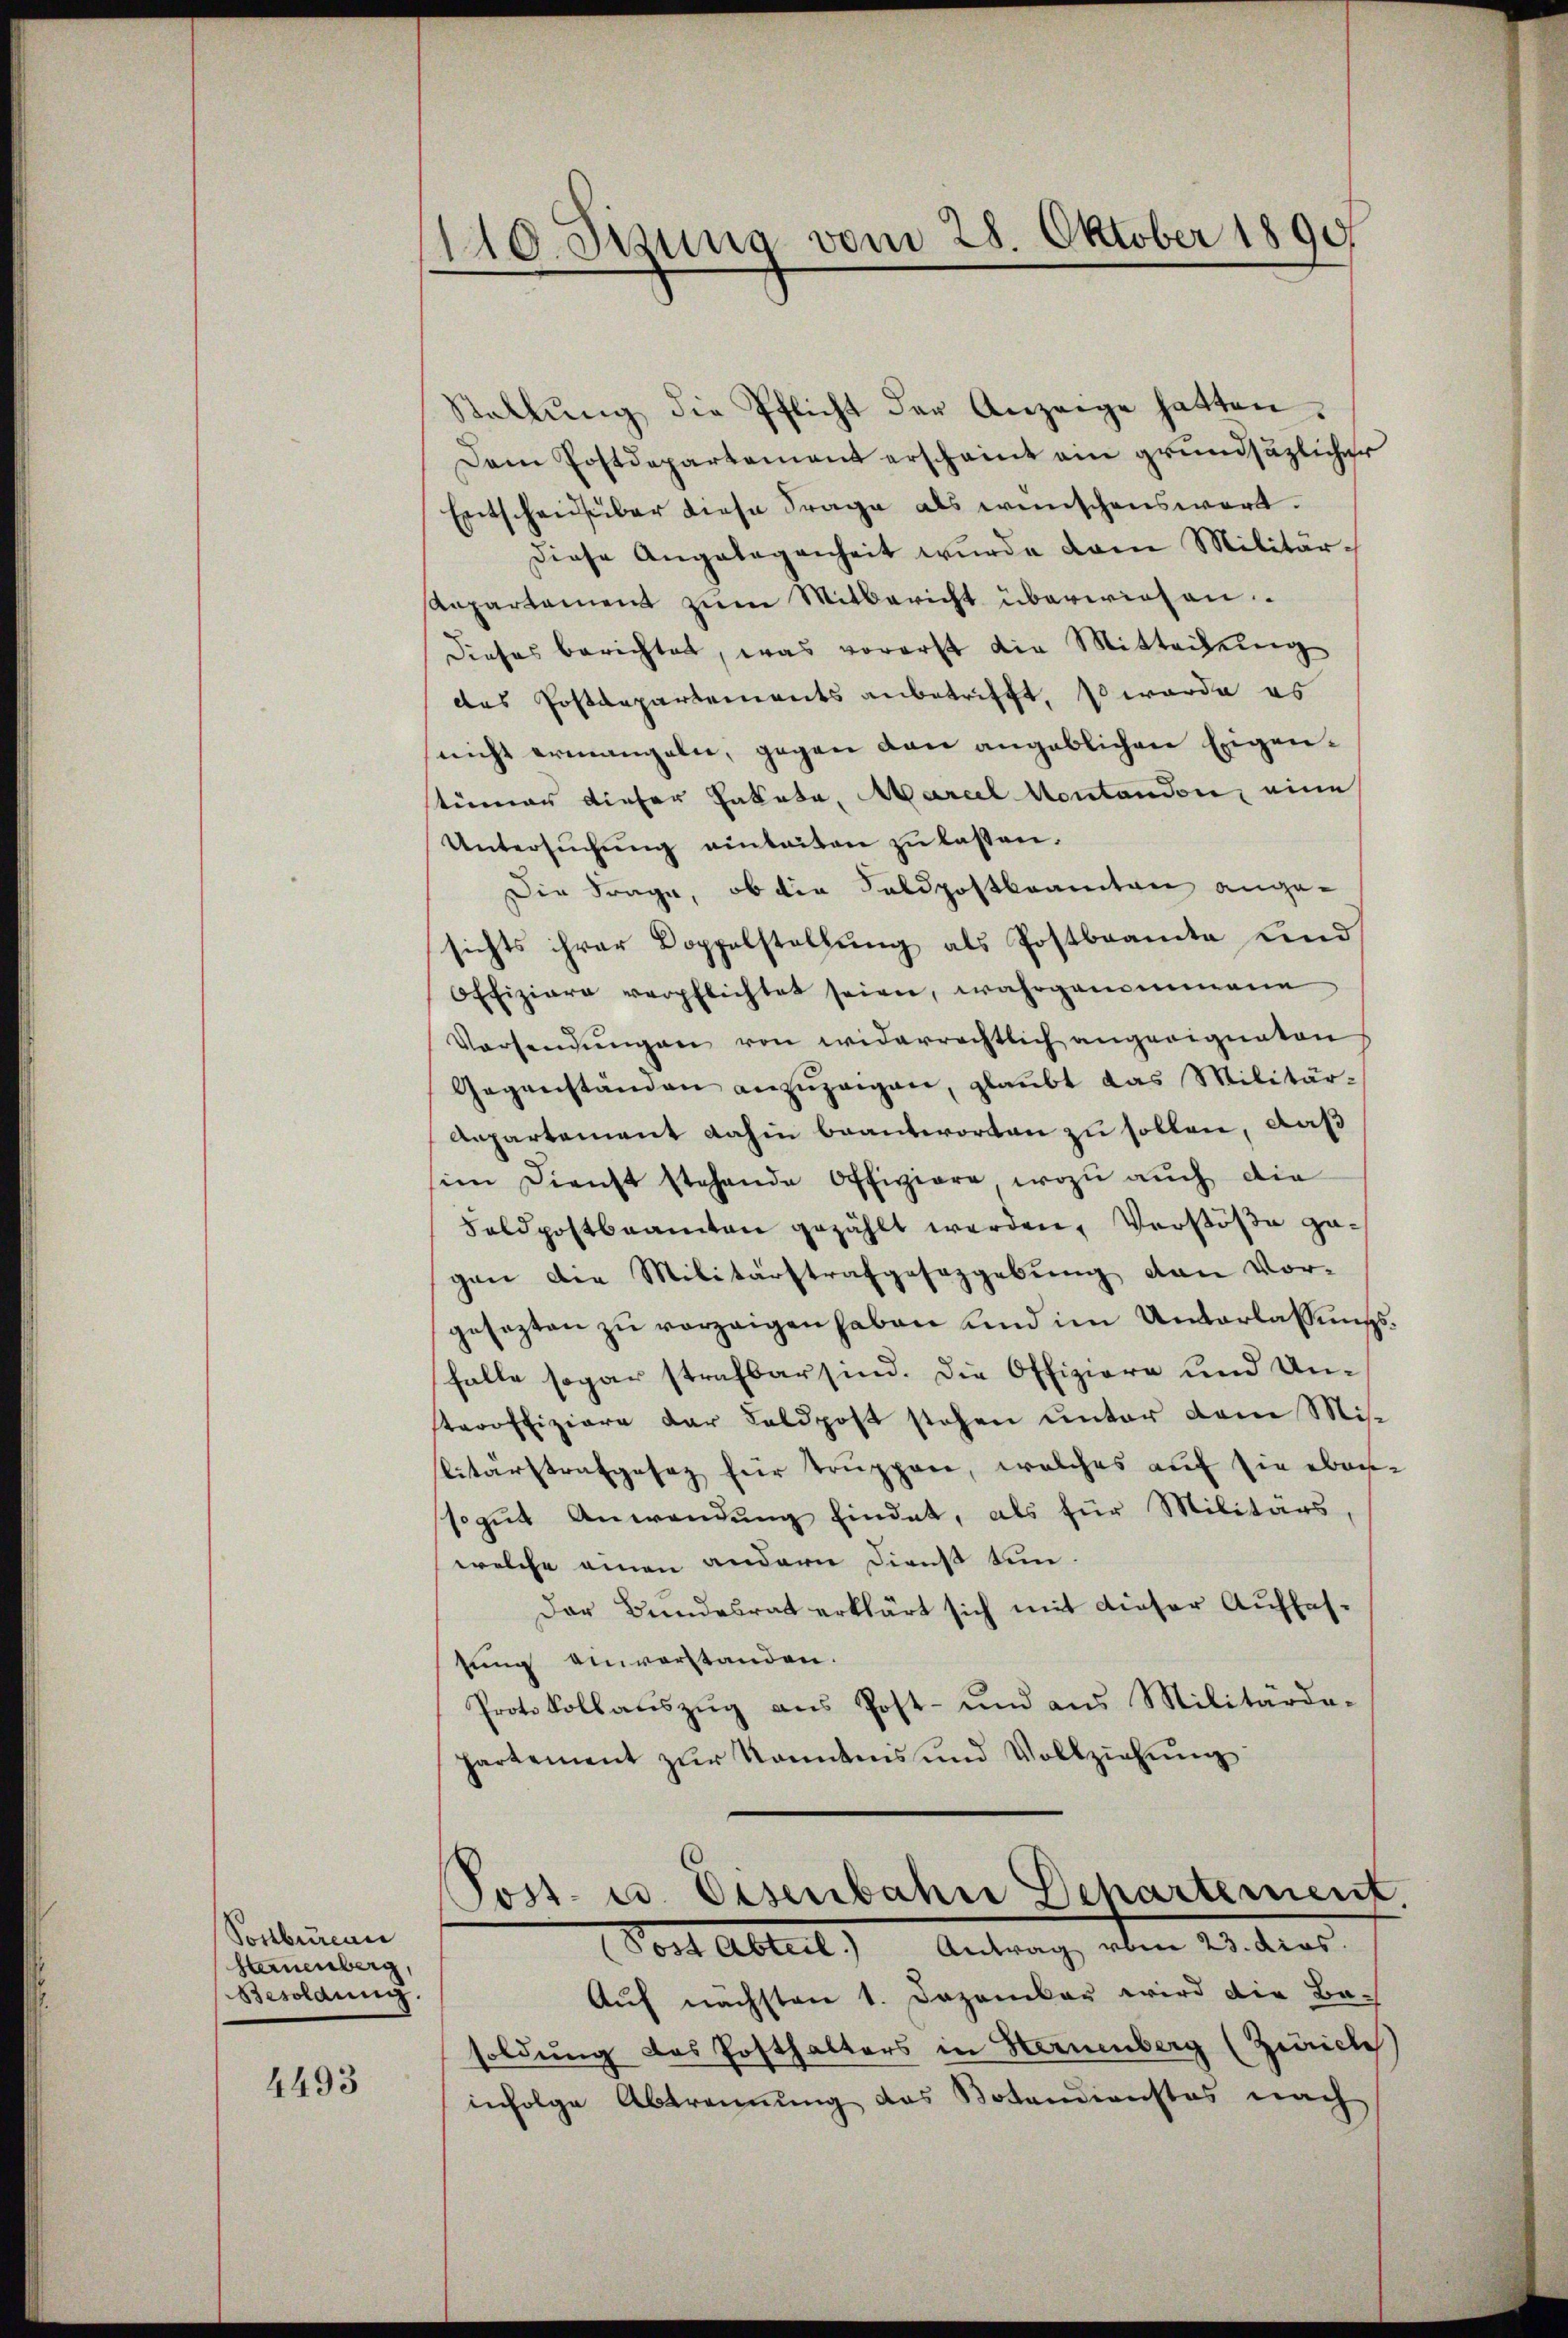
Ponbureau
sammenberg,
Besoldung.

4493

110. Sizung vom 28. Oktober 1890

Stallŭng die Pflicht der Anzeige hatten.
Dem Postdepartement erscheint ein grundsätzlicher
Entscheid über diese Frage als wünschenswert.
diese Angelegenheit wŭrde dann Militär-
Anpartament zum Mitbericht überwiesen.
Dieses berichtet, was vorerst die Mitteilung
das Postdepartements anbetrifft, so werde es
nicht ermangeln, gegen den angeblichen Eigentümer dieser Paketa, Mariel Montandon, eine
Untersuchung einleiten zu lassen.
Die Frage, ob die Saldpostkaamten angesichts ihrer Doppelstellung als Postbeamte und
Offiziare verpflichtet seien, wahrgenommene
Versendŭngen von widerrechtlich angeeigneten
Gegenständen anzuzeigen, glaubt das Militär-
Aepartement dahin beantworten zu sollen, auß
im Dienst stehende Offiziere, wozu auch die
Feldpostbeamten gezählt werden, Verstöße ge-
gen die Militärstrafgesetzgebung den Vorgesezten zŭ verzeigen haben und im Unterlassŭngs-
falle sogar strafbar sind. Die Offiziere und Unteroffiziere der Feldpost stehen unter dem Mislitärstrafgesez für Truppen, welches auf sie ebene
sogut Anwendung findet, als für Militärs
welche einen andern Dienst tun.
Der Bundesrat erklärt sich mit dieser Auffas-
sung einverstanden.
Protokollaŭszŭg aŭs Post- und aus Militärde-
partement zur Kenntnis und Vollziehung

Post- u. Eisenbahn Departement
Post Abteil) Antrag, eben u. dens

Auf nächsten 1. Dezember wird die Be-
soldung des Posthalters in Hernenberg (Zürich
infolge Abtrennung des Botendienstes nach